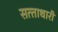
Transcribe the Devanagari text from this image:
सत्‍ताधारी